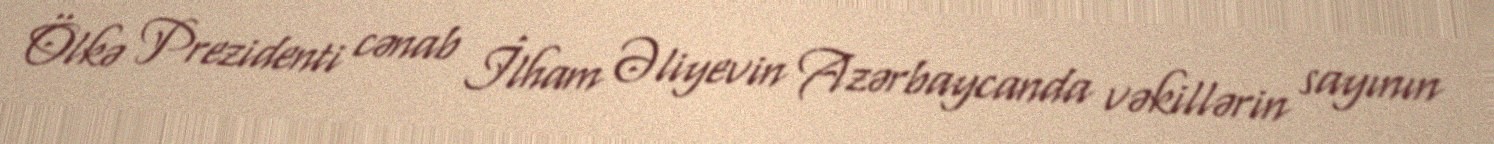
Ölkə Prezidenti cənab İlham Əliyevin Azərbaycanda vəkillərin sayının